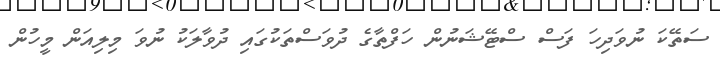
ސަތޭކަ ނުވަދިހަ ފަސް ސްޓޭޝަނުން ހަފްތާގެ ދުވަސްތަކުގައި ދުވާލަކު ނުވަ މިލިއަން މީހުން